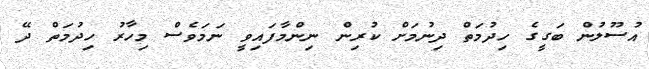
އުސޫލުން ބަގީގެ ހިދުމަތް ދިނުމަށް ކުރިން ނިންމާފައިވީ ނަމަވެސް މިހާރު ހިދުމަތް ދޭ